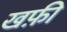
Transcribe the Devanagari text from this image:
खफ़ी